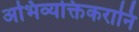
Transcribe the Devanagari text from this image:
अभिव्यक्तिकरानि